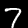
Digit: 7